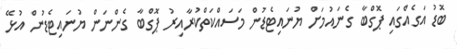
ބޮޑު އަގެއްގައި ޕޮގްބާ ގެނައުމަށް ޔުނައިޓެޑުން މަސައްކަތްކުރާއިރު ޕޮގްބާ ގެންނަން ޔުނައިޓެޑުން އުޅޭ